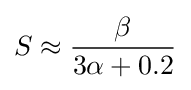
S\approx {\frac {\beta }{3\alpha +0.2}}